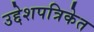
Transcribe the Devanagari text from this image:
उद्देशपत्रिकेत